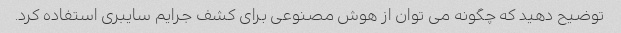
توضیح دهید که چگونه می توان از هوش مصنوعی برای کشف جرایم سایبری استفاده کرد.